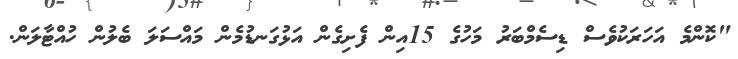
"ކޮންމެ އަހަރަކުވެސް ޑިސެމްބަރު މަހުގެ 15އިން ފެށިގެން އަޅުގަނޑުމެން މައްސަލަ ބެލުން ހުއްޓާލަން.